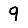
Digit: 9